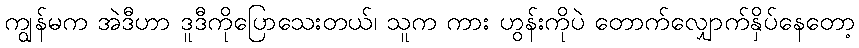
ကျွန်မက အဲဒီဟာ ဒူဒီကိုပြောသေးတယ်၊ သူက ကား ဟွန်းကိုပဲ တောက်လျှောက်နှိပ်နေတော့